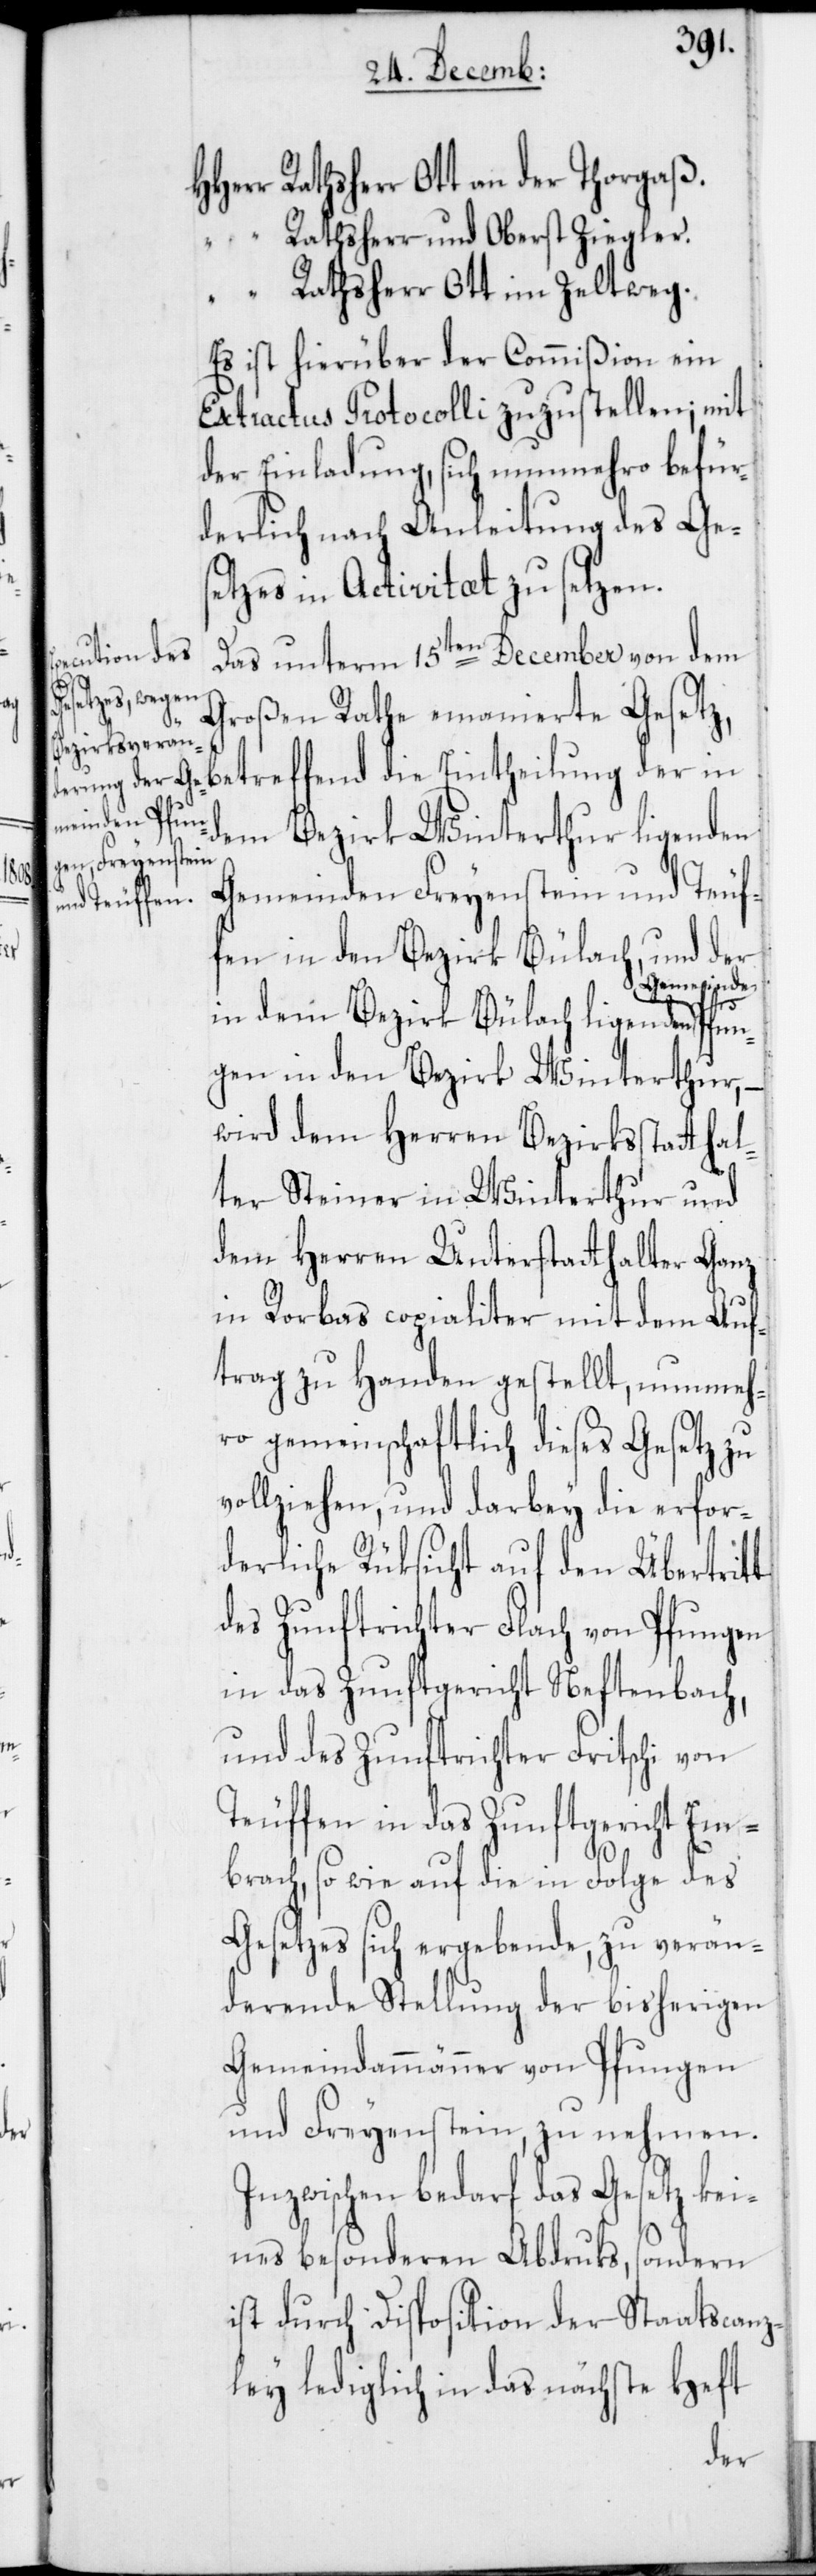
Herr Rathsherr Ott an der Thorgaß.
“ Rathsherr und Oberst Ziegler.
“ Rathsherr Ott im Zeltweg.
Es ist hierüber der Commißion ein
Extractus Protocolli zuzustellen; mit
der Einladung, sich nunmehro befür¬
derlich nach Anleitung des Ges¬
etzes in Activitæt zu setzen.
Das unterm 15ten December von dem
Großen Rathe emanierte Gesetz,
die
meinde Pfun¬
dem Bezirk Winterthur ligenden
Gemeinden Freyenstein und Teuf¬
betreffend
fen in den Bezirk Bülach, und der
in
in dem Bezirk Bülach ligenden Ge¬
gen in den Bezirk Winterthur, –
wird dem Herren Bezirksstatthal¬
ter Steiner in Winterthur und
dem Herren Unterstatthalter Ganz
in Rorbas copialiter mit dem Auf¬
trag zu Handen gestellt, nunmeh¬
ro gemeinschaftlich dieses Gesetz zu
vollziehen, und darbey die erfor¬
derliche Rüksicht auf den Übertritt
des Zunftrichter Flach von Pfungen
in das Zunftgericht Neftenbach,
und des Zunftrichter Fritschi von
Teuffen in das Zunftgericht Em¬
brach, so wie auf die in Folge des
Gesetzes sich ergebende, zu verän¬
derende Stellung der bisherigen
Gemeindammänner von Pfungen
und Freyenstein, zu nehmen.
Inzwischen bedarf das Gesetz kei¬
nes besonderen Abdruks, sondern
ist durch Disposition der Staatscanz¬
ley lediglich in das nächste Heft
der